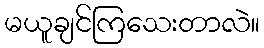
မယူချင်ကြသေးတာလဲ။